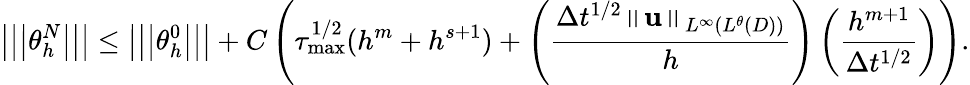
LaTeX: \left\vert\left\vert\left\vert\theta_{h}^{N}\right\vert\right\vert\right\vert\leq\left\vert\left\vert\left\vert\theta_{h}^{0}\right\vert\right\vert\right\vert+C\left(\tau_{\operatorname*{max}}^{1/2}(h^{m}+h^{s+1})+\left(\frac{\Delta t^{1/2}\left\Vert\mathbf{u}\right\Vert_{L^{\infty}(L^{\theta}(D))}}{h}\right)\left(\frac{h^{m+1}}{\Delta t^{1/2}}\right)\right).